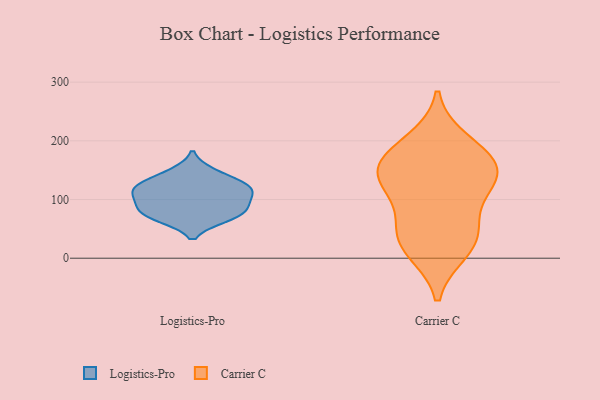
{"axis": {"x": "Operating Costs (USD K)", "y": "Value"}, "legend": ["Carrier C", "Logistics-Pro"], "data": [{"x": "", "y": 85, "type": "Logistics-Pro"}, {"x": "", "y": 68, "type": "Logistics-Pro"}, {"x": "", "y": 70, "type": "Logistics-Pro"}, {"x": "", "y": 115, "type": "Logistics-Pro"}, {"x": "", "y": 124, "type": "Logistics-Pro"}, {"x": "", "y": 113, "type": "Logistics-Pro"}, {"x": "", "y": 129, "type": "Logistics-Pro"}, {"x": "", "y": 84, "type": "Logistics-Pro"}, {"x": "", "y": 101, "type": "Logistics-Pro"}, {"x": "", "y": 147, "type": "Logistics-Pro"}, {"x": "", "y": 165, "type": "Carrier C"}, {"x": "", "y": 118, "type": "Carrier C"}, {"x": "", "y": 22, "type": "Carrier C"}, {"x": "", "y": 173, "type": "Carrier C"}, {"x": "", "y": 133, "type": "Carrier C"}, {"x": "", "y": 13, "type": "Carrier C"}, {"x": "", "y": 153, "type": "Carrier C"}, {"x": "", "y": 131, "type": "Carrier C"}, {"x": "", "y": 48, "type": "Carrier C"}, {"x": "", "y": 54, "type": "Carrier C"}, {"x": "", "y": 199, "type": "Carrier C"}]}